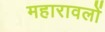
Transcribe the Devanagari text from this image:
महारावलों